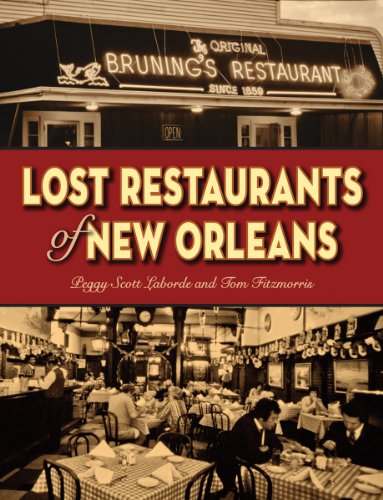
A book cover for Lost Restaurants of New Orleans; Peggy Laborde; Cookbooks, Food & Wine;